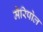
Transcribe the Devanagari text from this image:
मैरिपोल